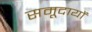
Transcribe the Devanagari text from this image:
समूदायों